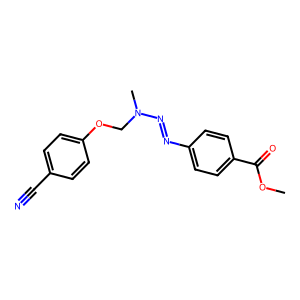
SMILES: COC(=O)c1ccc(N=NN(C)COc2ccc(C#N)cc2)cc1
Inhibits HIV replication: No